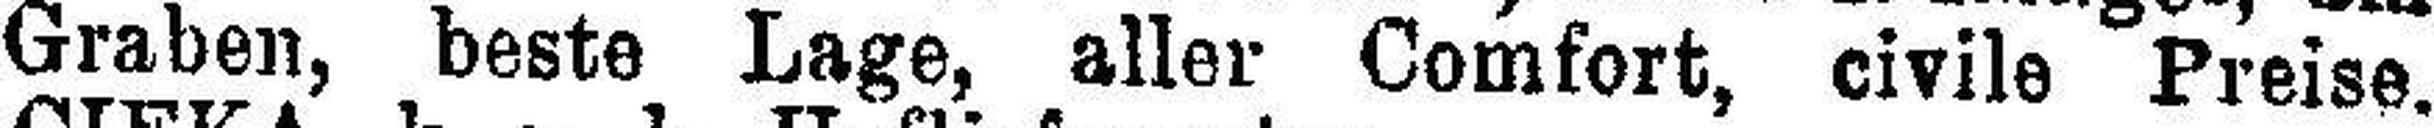
Graben, beste Lage, aller Comfort, civile Preise.